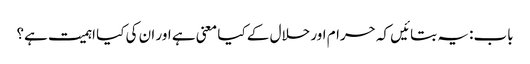
باب: یہ بتائیں کہ حرام اور حلال کے کیا معنی ہے اور ان کی کیا اہمیت ہے؟